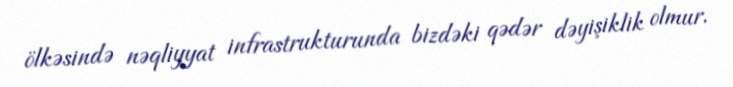
ölkəsində nəqliyyat infrastrukturunda bizdəki qədər dəyişiklik olmur.